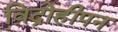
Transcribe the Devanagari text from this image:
विद्रोहीपन